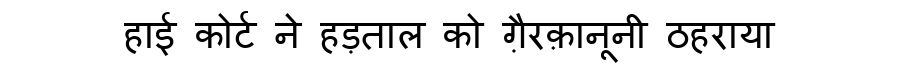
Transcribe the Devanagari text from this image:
हाई कोर्ट ने हड़ताल को ग़ैरक़ानूनी ठहराया